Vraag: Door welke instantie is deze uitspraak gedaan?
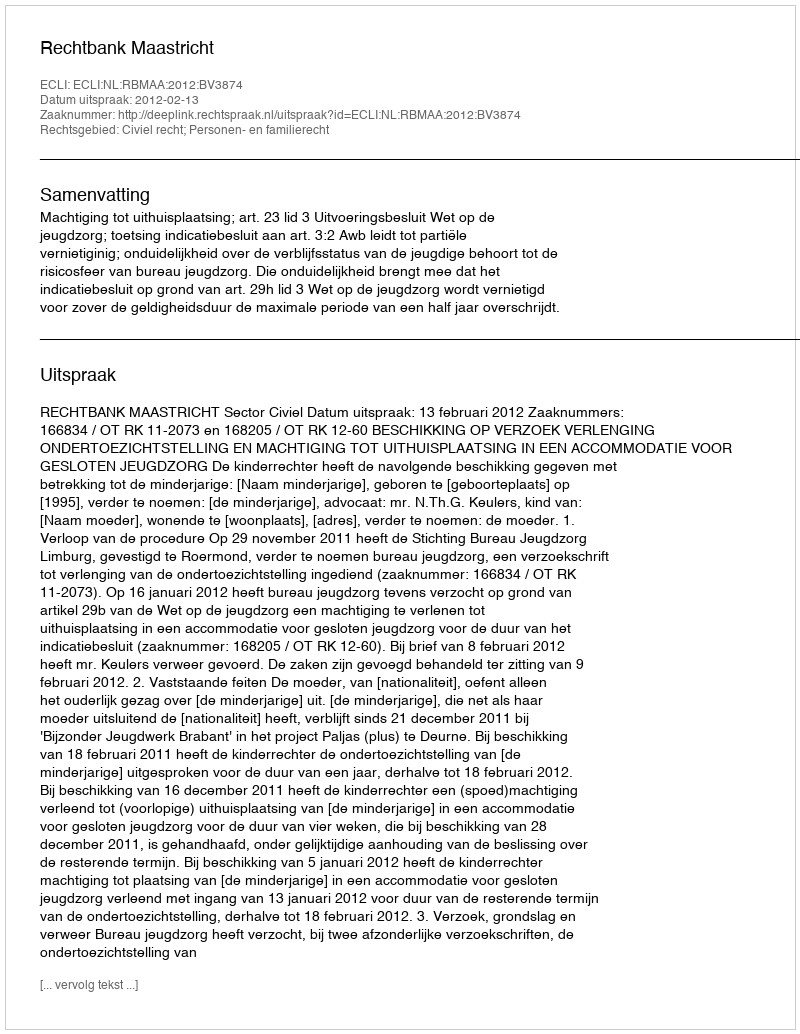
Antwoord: Rechtbank Maastricht